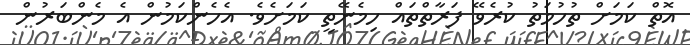
އޮތް ކަމަށް ތުހުމަތު ކުރެވޭ ފަރާތްތައް ހިމެނޭތީ ކަމަށެވެ. އެހެންކަމުން އެ މެންބަރުން